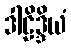
ဒါဠိဒ္ဒိယံ